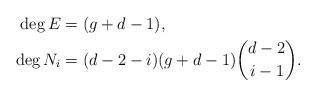
LaTeX: \begin{align*} \deg E &= (g+d-1), \\ \deg N_i &= (d-2-i) (g+d-1) {{d-2} \choose i-1}. \end{align*}